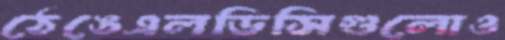
ঠেঙেএলডিসিগুলোও